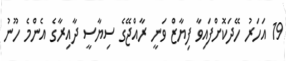
19 އަހަރު ހޭދަކޮށްފައިވާ ފިޔާޒް ވަނީ ރާއްޖޭގެ ސިޔާސީ ދާއިރާގެ އެންމެ ހޫނު